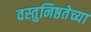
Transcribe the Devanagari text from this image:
वस्तुनिष्ठतेच्या